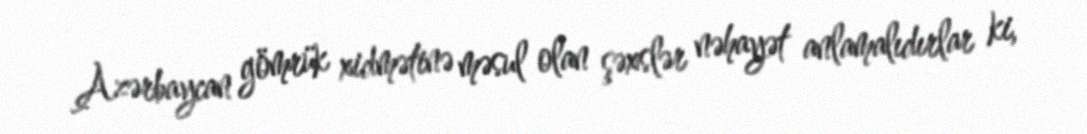
Azərbaycan gömrük xidmətinə məsul olan şəxslər nəhayət anlamalıdırlar ki,